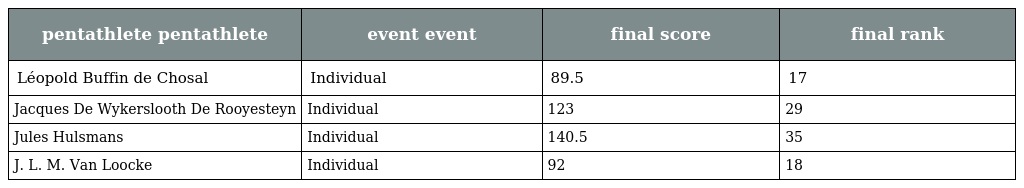
| pentathlete pentathlete | event event | final score | final rank |
 | --- | --- | --- | --- |
 | Léopold Buffin de Chosal | Individual | 89.5 | 17 |
 | Jacques De Wykerslooth De Rooyesteyn | Individual | 123 | 29 |
 | Jules Hulsmans | Individual | 140.5 | 35 |
 | J. L. M. Van Loocke | Individual | 92 | 18 |